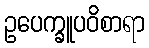
ဥပေက္ခူပဝိစာရာ